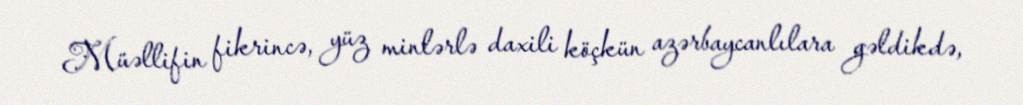
Müəllifin fikrincə, yüz minlərlə daxili köçkün azərbaycanlılara gəldikdə,